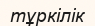
тұркілік